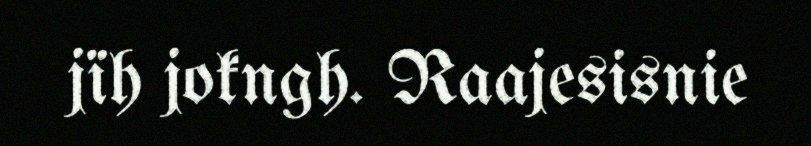
jïh jokngh. Raajesisnie